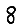
Digit: 8